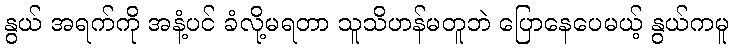
နွယ် အရက်ကို အနံ့ပင် ခံလို့မရတာ သူသိဟန်မတူဘဲ ပြောနေပေမယ့် နွယ်ကမူ